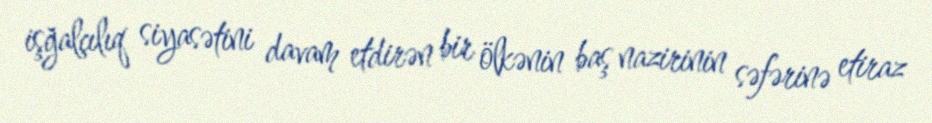
işğalçılıq siyasətini davam etdirən bir ölkənin baş nazirinin səfərinə etiraz